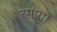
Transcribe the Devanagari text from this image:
रमांगा